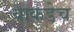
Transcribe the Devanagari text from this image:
याकडेच